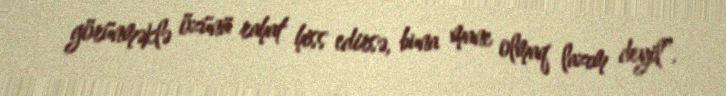
görünməklə özünü rahat hiss edirsə, buna mane olmaq lazım deyil”.